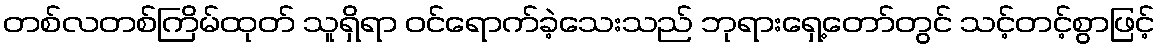
တစ်လတစ်ကြိမ်ထုတ် သူရှိရာ ဝင်ရောက်ခဲ့သေးသည် ဘုရားရှေ့တော်တွင် သင့်တင့်စွာဖြင့်